Scottish Leaving Certificate Examination, 1960
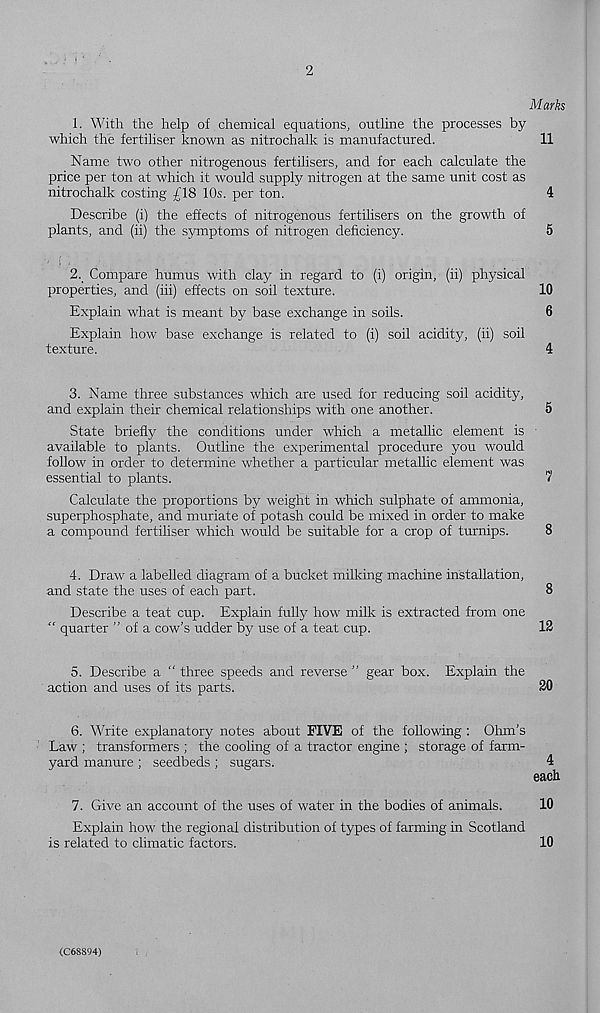
2
Marks
1. With the help of chemical equations, outline the processes by
which the fertiliser known as nitrochalk is manufactured.
11
Name two other nitrogenous fertilisers, and for each calculate the
price per ton at which it would supply nitrogen at the same unit cost as
nitrochalk costing £18 10s. per ton.
4
Describe (i) the effects of nitrogenous fertilisers on the growth of
plants, and (ii) the symptoms of nitrogen deficiency.
5
2. Compare humus with clay in regard to (i) origin, (ii) physical
properties, and (iii) effects on soil texture.
10
Explain what is meant by base exchange in soils.
6
Explain how base exchange is related to (i) soil acidity, (ii) soil
texture.
4
3. Name three substances which are used for reducing soil acidity,
and explain their chemical relationships with one another.
5
State briefly the conditions under which a metallic element is
available to plants. Outline the experimental procedure you would
follow in order to determine whether a particular metallic element was
essential to plants.
7
Calculate the proportions by weight in which sulphate of ammonia,
superphosphate, and muriate of potash could be mixed in order to make
a compound fertiliser which would be suitable for a crop of turnips.
8
4. Draw a labelled diagram of a bucket milking machine installation,
and state the uses of each part.
8
Describe a teat cup. Explain fully how milk is extracted from one
“ quarter ” of a cow’s udder by use of a teat cup.
12
5. Describe a “ three speeds and reverse ” gear box. Explain the
action and uses of its parts.
20
6. Write explanatory notes about FIVE of the following : Ohm’s
Law ; transformers ; the cooling of a tractor engine ; storage of farm-
yard manure ; seedbeds ; sugars.
4
each
7. Give an account of the uses of water in the bodies of animals.
10
Explain how the regional distribution of types of farming in Scotland
is related to climatic factors.
10
(C68S94)